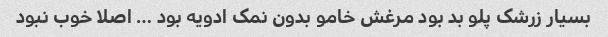
بسیار زرشک پلو بد بود مرغش خامو بدون نمک ادویه بود … اصلا خوب نبود